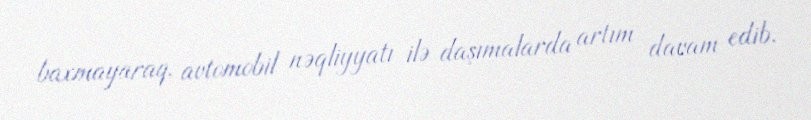
baxmayaraq, avtomobil nəqliyyatı ilə daşımalarda artım davam edib.